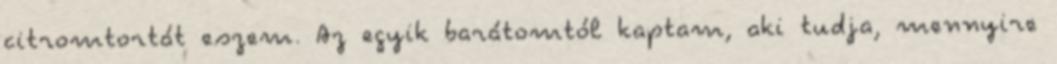
citromtortát eszem. Az egyik barátomtól kaptam, aki tudja, mennyire